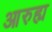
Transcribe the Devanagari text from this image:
आरुह्य